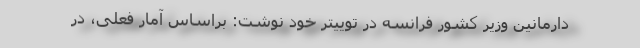
دارمانین وزیر کشور فرانسه در توییتر خود نوشت: براساس آمار فعلی، در